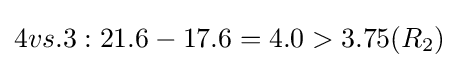
4vs.3:21.6-17.6=4.0>3.75(R_{2})